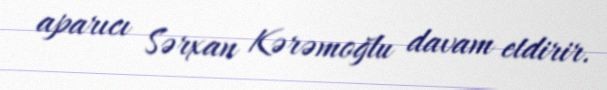
aparıcı Sərxan Kərəmoğlu davam etdirir.